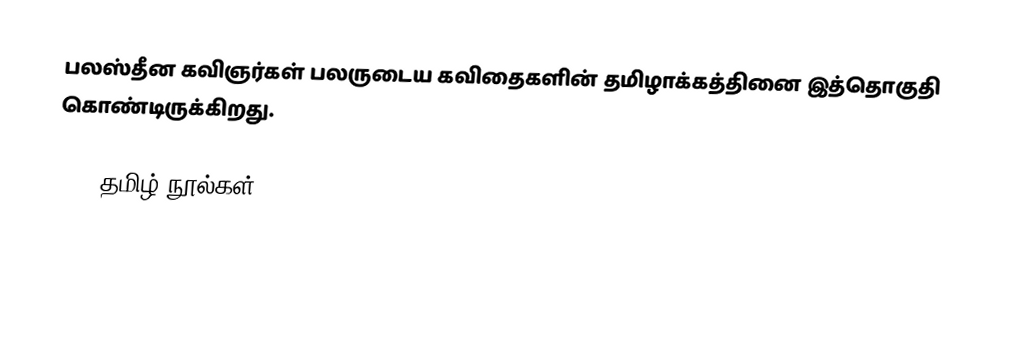
பலஸ்தீன கவிஞர்கள் பலருடைய கவிதைகளின் தமிழாக்கத்தினை இத்தொகுதி கொண்டிருக்கிறது.

1981 தமிழ் நூல்கள்